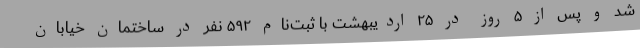
شد و پس از ۵ روز در ۲۵ اردیبهشت با ثبت‌نام ۵۹۲ نفر در ساختمان خیابان